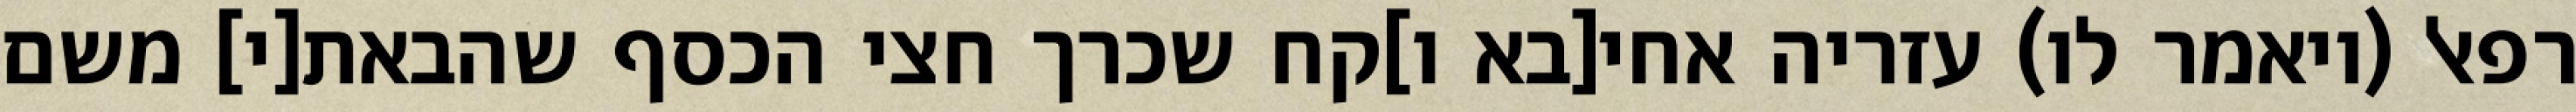
רפאל (ויאמר לו) עזריה אחי[בא ו]קח שכרך חצי הכסף שהבאת[י] משם